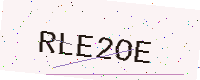
Text: RLE2OE